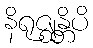
နိရုဇ္ဈန္တိပိ